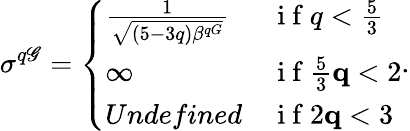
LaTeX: \sigma^{q\mathscr{G}}=\left\{ \begin{array}{ll}{\frac{1}{\sqrt{(5-3q)\beta^{qG}}}}&{\mathrm{~i~f~}q<\frac{5}{3}}\\ {\infty}&{\mathrm{~i~f~}\frac{5}{3}\le q<2}\\ {Undefined}&{\mathrm{~i~f~}2\le q<3}\end{array}\right..